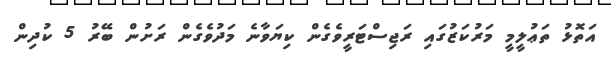
އަތޮޅު ތަޢުލީމީ މަރުކަޒުގައި ރަޖިސްޓަރީވެގެން ކިޔަވާނެ މަދުވެގެން ރަށުން ބޭރު 5 ކުދިން